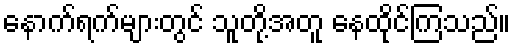
နောက်ရက်များတွင် သူတို့အတူ နေထိုင်ကြသည်။